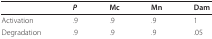
|  | P | Mc | Mn | Dam |
 | --- | --- | --- | --- | --- |
 | Activation | .9 | .9 | .9 | 1 |
 | Degradation | .9 | .9 | .9 | .05 |